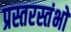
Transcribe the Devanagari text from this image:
प्रस्तरस्तंभों